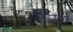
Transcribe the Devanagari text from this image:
प्युर्टोल्लानो